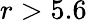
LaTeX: r>5.6